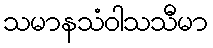
သမာနသံဝါသသီမာ